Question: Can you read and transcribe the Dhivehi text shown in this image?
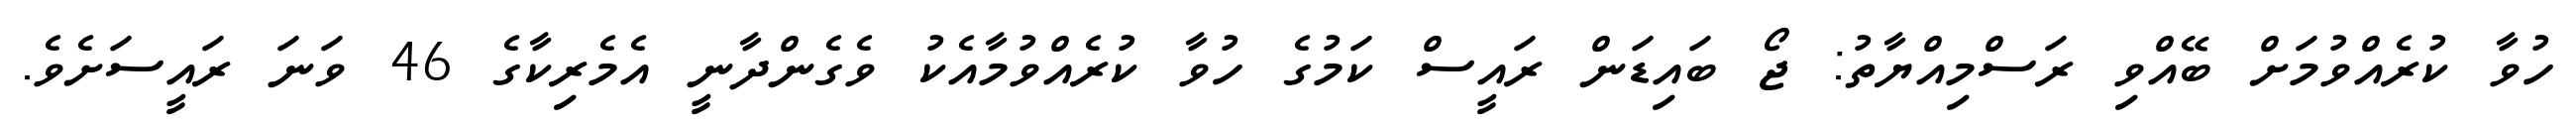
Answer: ހުވާ ކުރެއްވުމަށް ބޭއްވި ރަސްމިއްޔާތު: ޖޯ ބައިޑަން ރައީސް ކަމުގެ ހުވާ ކުރެއްވުމާއެކު ވެގެންދާނީ އެމެރިކާގެ 46 ވަނަ ރައީސަށެވެ.